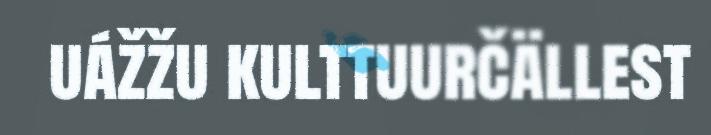
uážžu kulttuurčällest